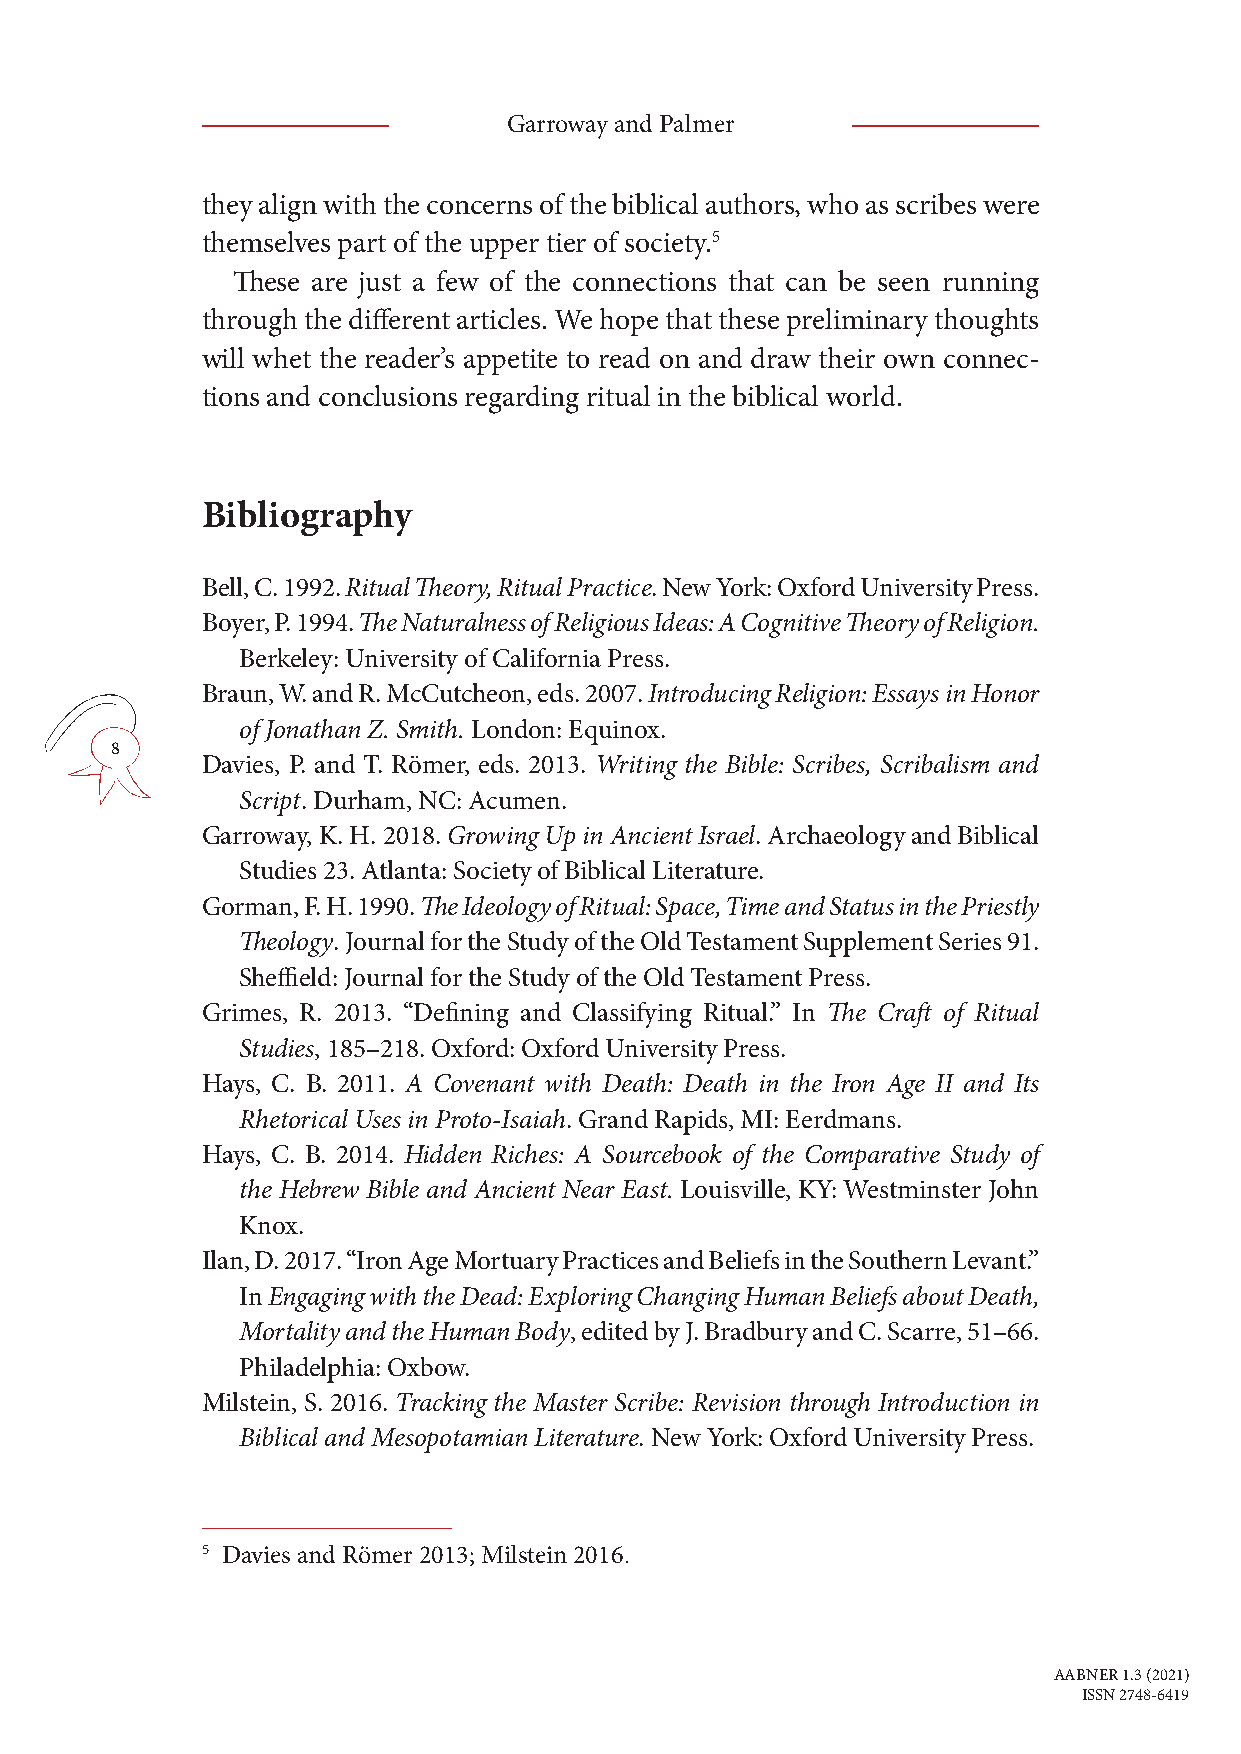
Garroway and Palmer
 they align with the concerns of the biblical authors, who as scribes were
 themselves part of the upper tier of society.5
 These are just a few of the connections that can be seen running
 through the different articles. We hope that these preliminary thoughts
 will whet the reader’s appetite to read on and draw their own connec-
 tions and conclusions regarding ritual in the biblical world.
 Bibliography
 Bell, C. 1992. Ritual Theory, Ritual Practice. New York: Oxford University Press.
 Boyer, P. 1994. The Naturalness of Religious Ideas: A Cognitive Theory of Religion.
 Berkeley: University of California Press.
 Braun, W. and R. McCutcheon, eds. 2007. Introducing Religion: Essays in Honor
 of Jonathan Z. Smith. London: Equinox.
 8
 Davies, P. and T. Römer, eds. 2013. Writing the Bible: Scribes, Scribalism and
 Script. Durham, NC: Acumen.
 Garroway, K. H. 2018. Growing Up in Ancient Israel. Archaeology and Biblical
 Studies 23. Atlanta: Society of Biblical Literature.
 Gorman, F. H. 1990. The Ideology of Ritual: Space, Time and Status in the Priestly
 Theology. Journal for the Study of the Old Testament Supplement Series 91.
 Sheffield: Journal for the Study of the Old Testament Press.
 Grimes, R. 2013. “Defining and Classifying Ritual.” In The Craft of Ritual
 Studies, 185–218. Oxford: Oxford University Press.
 Hays, C. B. 2011. A Covenant with Death: Death in the Iron Age II and Its
 Rhetorical Uses in Proto-Isaiah. Grand Rapids, MI: Eerdmans.
 Hays, C. B. 2014. Hidden Riches: A Sourcebook of the Comparative Study of
 the Hebrew Bible and Ancient Near East. Louisville, KY: Westminster John
 Knox.
 Ilan, D. 2017. “Iron Age Mortuary Practices and Beliefs in the Southern Levant.”
 In Engaging with the Dead: Exploring Changing Human Beliefs about Death,
 Mortality and the Human Body, edited by J. Bradbury and C. Scarre, 51–66.
 Philadelphia: Oxbow.
 Milstein, S. 2016. Tracking the Master Scribe: Revision through Introduction in
 Biblical and Mesopotamian Literature. New York: Oxford University Press.
 5 Davies and Römer 2013; Milstein 2016.
 AABNER 1.3 (2021)
 ISSN 2748-6419